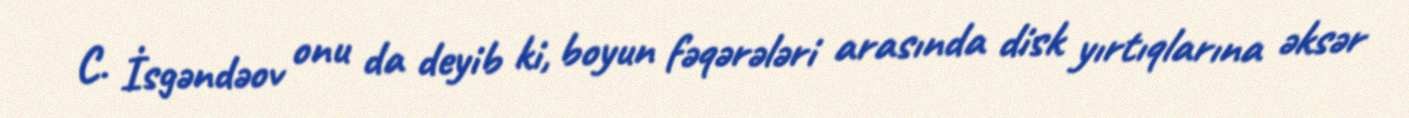
C. İsgəndəov onu da deyib ki, boyun fəqərələri arasında disk yırtıqlarına əksər